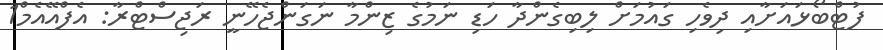
ފުޓްބޯޅައަށާއި ދިވެހި ގައުމަށް ލިބިގެންދާ ހަޑި ނަމުގެ ޒިންމާ ނަގަންޖެހޭނީ ރަޖިސްޓްރާ: އެފްއޭއެމް1